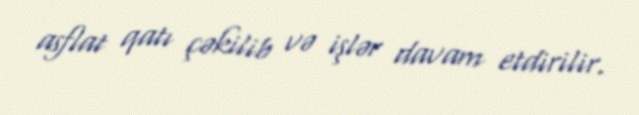
asflat qatı çəkilib və işlər davam etdirilir.